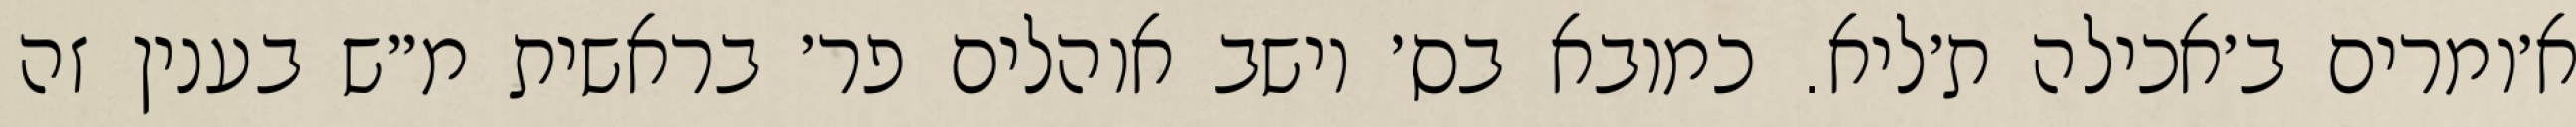
א׳ומרים ב׳אכילה ת׳ליא. כמובא בס׳ יושב אוהלים פר׳ בראשית מ״ש בענין זה